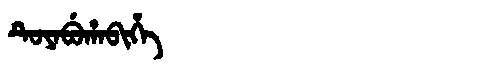
Manchu: ᡨᡠᠶᠠᠪᡠᡥᠠᠪᡳᡥᡝ
Romanization: TUYABUHABIHE